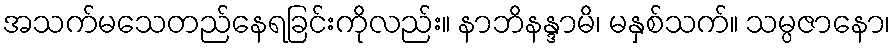
အသက်မသေတည်နေရခြင်းကိုလည်း။ နာဘိနန္ဒာမိ၊ မနှစ်သက်။ သမ္ပဇာနော၊